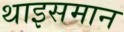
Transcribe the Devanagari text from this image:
थाइसमान